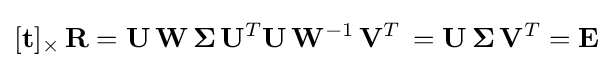
[\mathbf {t} ]_{\times }\,\mathbf {R} =\mathbf {U} \,\mathbf {W} \,\mathbf {\Sigma } \,\mathbf {U} ^{T}\mathbf {U} \,\mathbf {W} ^{-1}\,\mathbf {V} ^{T}\,=\mathbf {U} \,\mathbf {\Sigma } \,\mathbf {V} ^{T}=\mathbf {E}